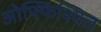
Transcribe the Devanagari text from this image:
ओफ्फिश्यिल